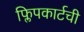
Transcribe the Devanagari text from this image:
फ्लिपकार्टची